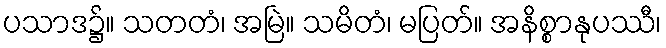
ပသာဒ၌။ သတတံ၊ အမြဲ။ သမိတံ၊ မပြတ်။ အနိစ္စာနုပဿီ၊